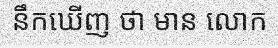
នឹកឃើញ ថា មាន លោក